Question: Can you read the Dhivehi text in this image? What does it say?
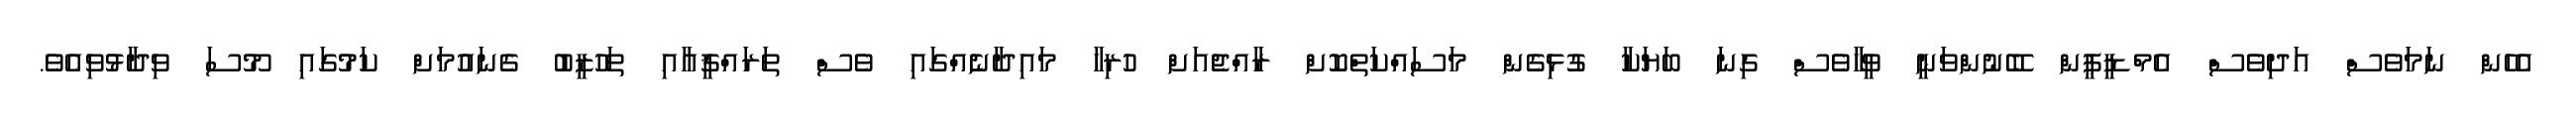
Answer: އެހެން ނަމަވެސް އަދިވެސް އެމްޑީޕީން ބޭނުންވަނީ ވީހާވެސް ގިނަ ބަޔަކާ ގުޅިގެން މަސައްކަތްކޮށް ރާއްޖެއަށް ހުރިހާ މައިދާނެއްގައި ވެސް ތަރައްޤީއާއި ތަހުޒީބު ގެނައުމަށް ކަމުގައި މޫސަ ވިދާޅުވިއެވެ.